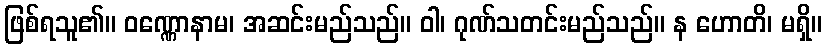
ဖြစ်ရသူ၏။ ဝဏ္ဏောနာမ၊ အဆင်းမည်သည်။ ဝါ၊ ဂုဏ်သတင်းမည်သည်။ န ဟောတိ၊ မရှိ။